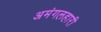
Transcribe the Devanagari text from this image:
अमंगलहारी